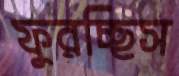
ফুরচ্ছিস